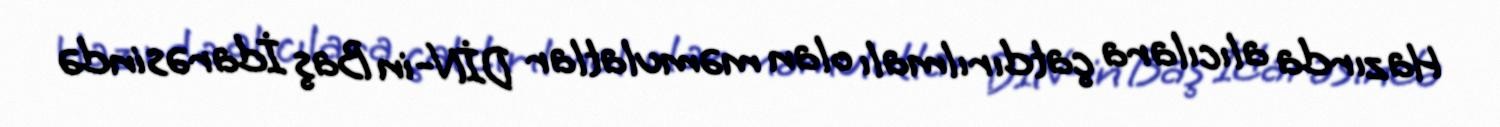
Hazırda alıcılara çatdırılmalı olan məmulatlar DİN-in Baş İdarəsində